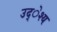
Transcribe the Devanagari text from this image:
उद्ेश्य